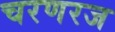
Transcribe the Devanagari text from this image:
चरणरज